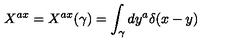
X ^ { a x } = X ^ { a x } ( \gamma ) = \int _ { \gamma } d y ^ { a } \delta ( x - y )